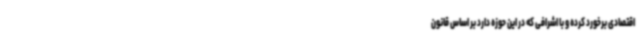
اقتصادی برخورد کرده و با اشرافی که در این حوزه دارد بر اساس قانون